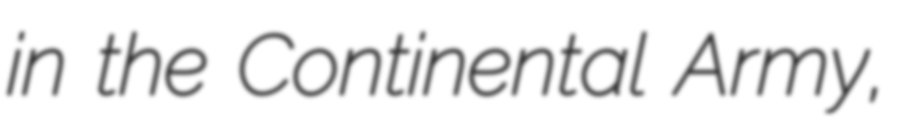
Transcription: in the Continental Army,